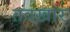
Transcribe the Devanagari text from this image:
तवखार